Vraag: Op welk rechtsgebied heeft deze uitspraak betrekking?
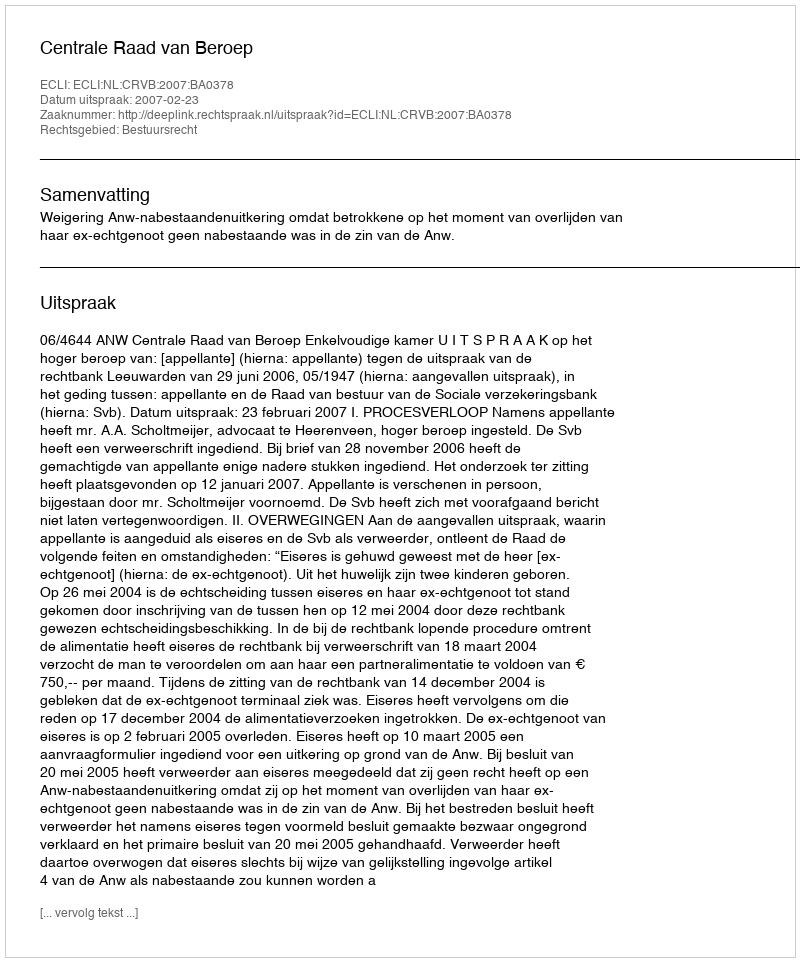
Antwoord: Bestuursrecht